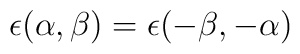
\epsilon (\alpha,\beta ) = \epsilon (-\beta,-\alpha )